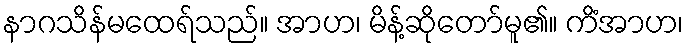
နာဂသိန်မထေရ်သည်။ အာဟ၊ မိန့်ဆိုတော်မူ၏။ ကိံအာဟ၊